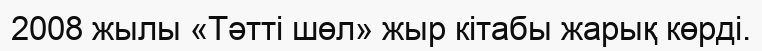
2008 жылы «Тәтті шөл» жыр кітабы жарық көрді.